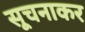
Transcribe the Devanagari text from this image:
सूचनाकर